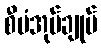
စီမံအုပ်ချုပ်